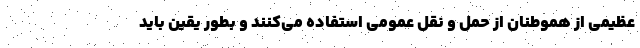
عظیمی از هموطنان از حمل و نقل عمومی استفاده می‌کنند و بطور یقین باید